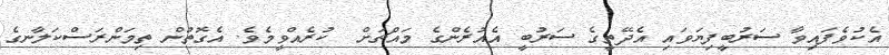
އެކުވެފައިވާ ސަރުބީފިޔަވައި އެދޭތީގެ ސަރުބީ އެއުރެންގެ މައްޗަށް  ކުރެއްވީމެވެ. އެގޮތުން ތިމަންރަސްކަލާނގެ